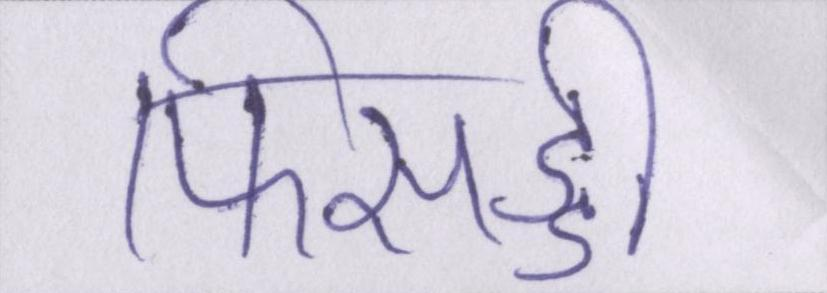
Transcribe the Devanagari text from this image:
फिसड्डी